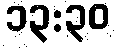
၁၃:၃၀